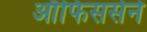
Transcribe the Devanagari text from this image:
ऑफिसर्सने